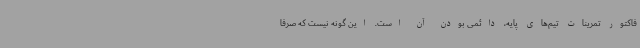
فاکتور تمرینات تیم‌های پایه، دائمی بودن آن است. این گونه نیست که صرفا